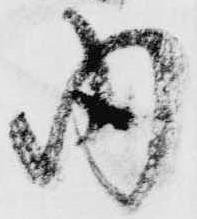
内